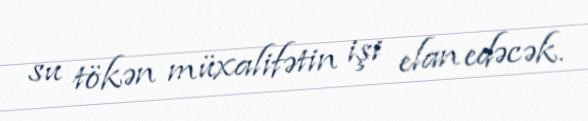
su tökən müxalifətin işi elan edəcək.